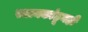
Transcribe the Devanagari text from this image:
स्थानकांहूनही